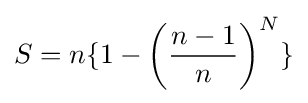
S=n\{1-\left({\frac {n-1}{n}}\right)^{N}\}